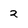
Character: 2